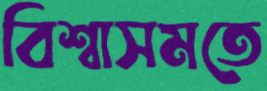
বিশ্বাসমতে